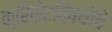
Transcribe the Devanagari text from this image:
क्रिकेटविषयीचे